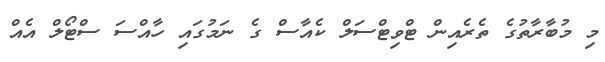
މި މުބާރާތުގެ ތެރެއިން ޓްވިޓްސަލް ކެއާސް ގެ ނަމުގައި ހާއްސަ ސްޓޯލް އެއް